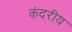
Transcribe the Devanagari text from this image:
कंदरीय